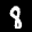
Label: 8